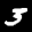
Label: 3